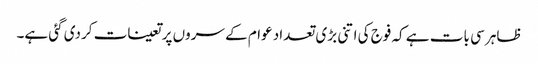
ظاہر سی بات ہے کہ فوج کی اتنی بڑی تعداد عوام کے سروں پر تعینات کردی گئی ہے۔